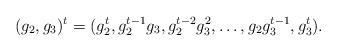
LaTeX: \begin{align*} (g_2,g_3)^{t}= (g_2^t, g_2^{t-1}g_3 , g_2^{t-2}g_3^2, \dots, g_2 g_3^{t-1}, g_3^t).\end{align*}